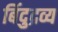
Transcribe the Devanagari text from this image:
बिंदुद्रव्य